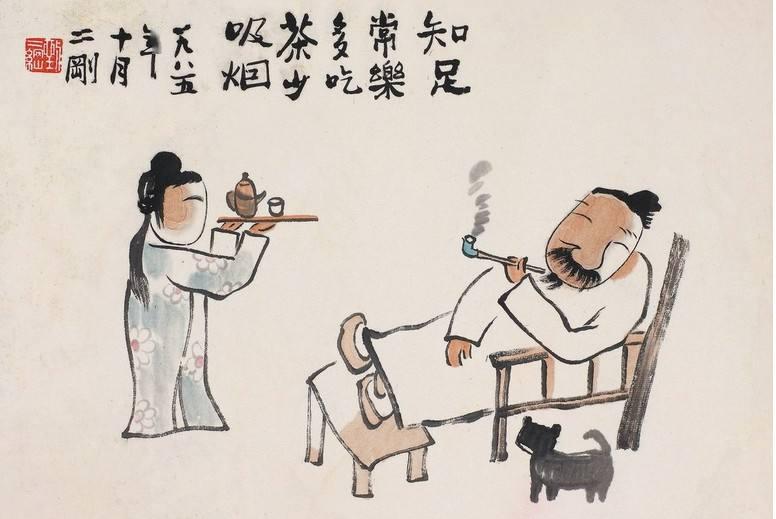
君子怀德，小人怀土君子怀刑，小人怀惠。